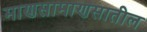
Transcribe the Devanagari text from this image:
माणसामाणसातील